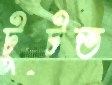
টুটত